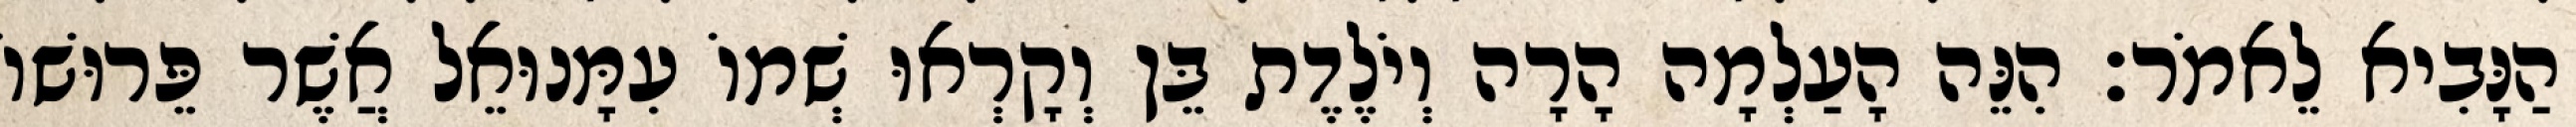
הַנָּבִיא לֵאמֹר׃ הִנֵּה הָעַלְמָה הָרָה וְיֹלֶדֶת בֵּן וְקָרְאוּ שְׁמוֹ עִמָּנוּאֵל אֲשֶׁר פֵּרוּשׁוֹ